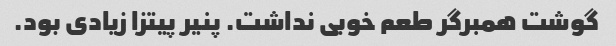
گوشت همبرگر طعم خوبی نداشت. پنیر پیتزا زیادی بود.